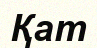
Қат